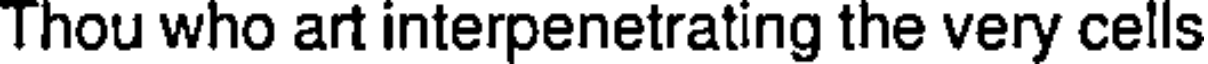
Thou who art interpenetrating the very cells